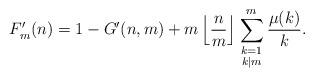
LaTeX: \begin{align*}F'_m(n) = 1 - G'(n,m) + m \left\lfloor \frac{n}{m} \right\rfloor \sum_{\begin{smallmatrix}k=1\\k|m \end{smallmatrix}}^m \frac{\mu(k)}{k}.\end{align*}